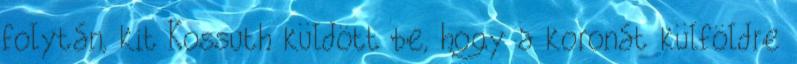
folytán, kit Kossuth küldött be, hogy a koronát külföldre